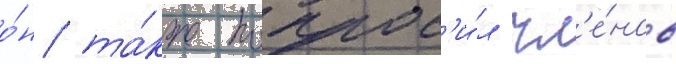
о́н та́кже попрос'и́л чл'е́нов